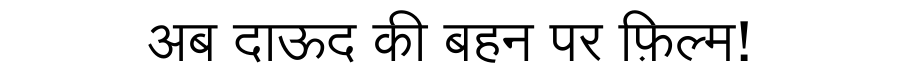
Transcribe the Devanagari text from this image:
अब दाऊद की बहन पर फ़िल्म!